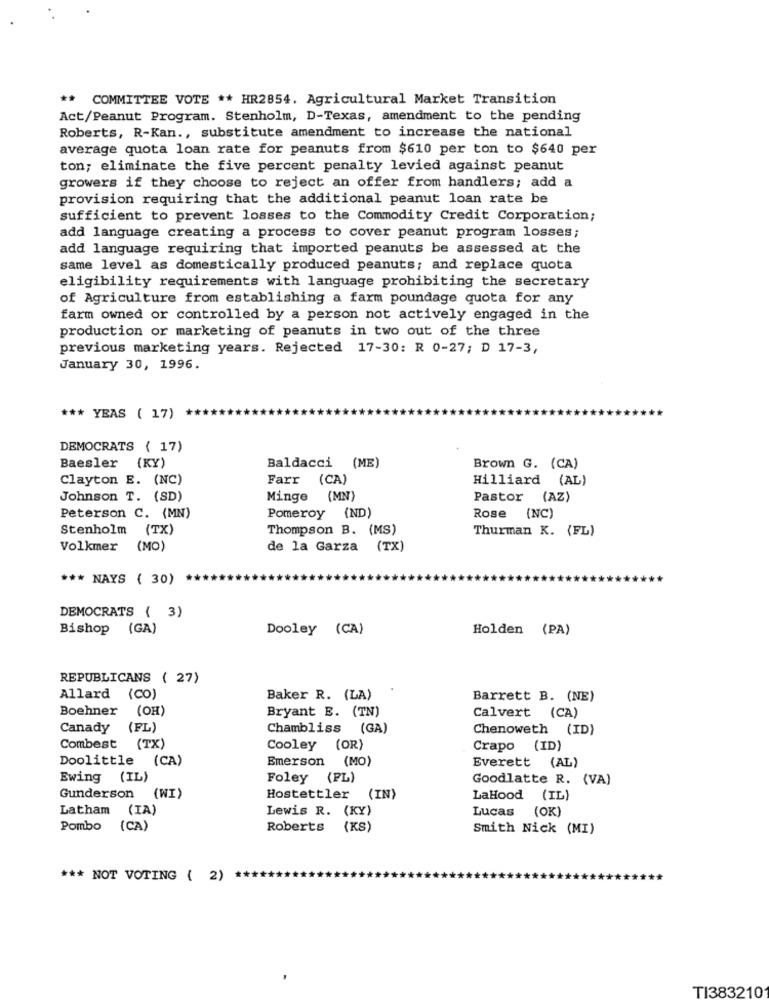
** COMMITTEE VOTE ** HR2854. Agricultural Market Transition
Act/Peanut Program. Stenholm, D-Texas, amendment to the pending
Roberts, R-Kan ., substitute amendment to increase the national
average quota loan rate for peanuts from $610 per ton to $640 per
ton; eliminate the five percent penalty levied against peanut
growers if they choose to reject an offer from handlers; add a
provision requiring that the additional peanut loan rate be
sufficient to prevent losses to the Commodity Credit Corporation;
add language creating a process to cover peanut program losses;
add language requiring that imported peanuts be assessed at the
same level as domestically produced peanuts; and replace quota
eligibility requirements with language prohibiting the secretary
of Agriculture from establishing a farm poundage quota for any
farm owned or controlled by a person not actively engaged in the
production or marketing of peanuts in two out of the three
previous marketing years. Rejected 17-30: R 0-27; D 17-3,
January 30, 1996.
*** YEAS ( 17)
DEMOCRATS { 17)
Baesler (KY)
Baldacci (ME)
Brown G. (CA)
Clayton E. (NC)
Farr (CA)
Hilliard (AL)
Johnson T. (SD)
Minge (MN)
Pastor (AZ)
Peterson C. (MN)
Pomeroy (ND)
Rose (NC)
Stenholm (TX)
Thompson B. (MS)
Thurman K. (FL)
Volkmer
(MO)
de la Garza (TX)
*** NAYS ( 30)
DEMOCRATS ( 3)
Bishop (GA)
Dooley (CA)
Holden (PA)
REPUBLICANS ( 27)
Allard (CO)
Baker R. (LA)
Barrett B. (NE)
Boehner
(OH)
Bryant E. (TN)
Calvert (CA)
Canady (FL)
Chambliss (GA)
Chenoweth (ID}
Combest (TX)
Cooley (OR)
Crapo (ID)
Doolittle (CA)
Emerson (MO)
Everett (AL)
Ewing (IL)
Foley (PL)
Goodlatte R. (VA)
Gunderson (WI)
Hostettler (IN)
LaHood (IL)
Latham (IA)
Lewis R. (KY)
Lucas (OK)
Pombo (CA)
Roberts (KS)
Smith Nick (MI)
*** NOT VOTING ( 2) ****
TI383210